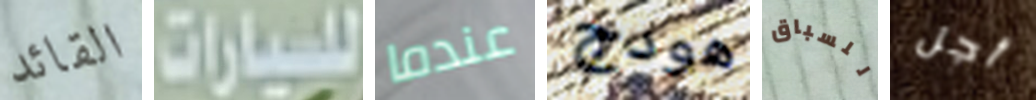
القائد للسيارات عندما هودج للسباق أجل